Plague in India, 1896, 1897 - Volume 3
Year: 1896
Disease focus: Plague
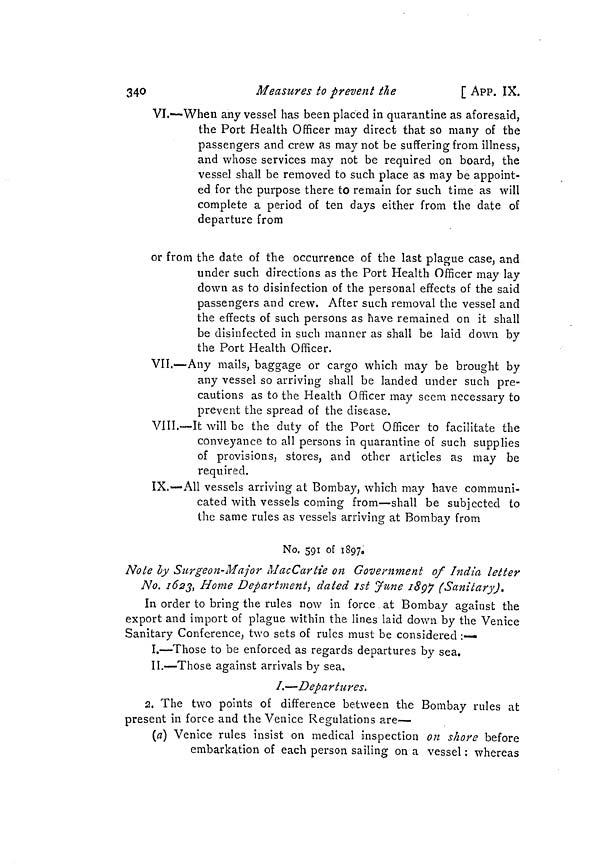
340
Measures to prevent the
[ APP. IX.
VI.—When any vessel has been placed in quarantine as aforesaid,
the Port Health Officer may direct that so many of the
passengers and crew as may not be suffering from illness,
and whose services may not be required on board, the
vessel shall be removed to such place as may be appoint-
ed for the purpose there to remain for such time as will
complete a period of ten days either from the date of
departure from
or from the date of the occurrence of the last plague case, and
under such directions as the Port Health Officer may lay
down as to disinfection of the personal effects of the said
passengers and crew. After such removal the vessel and
the effects of such persons as have remained on it shall
be disinfected in such manner as shall be laid down by
the Port Health Officer.
VII.—Any mails, baggage or cargo which may be brought by
any vessel so arriving shall be landed under such pre-
cautions as to the Health Officer may seem necessary to
prevent the spread of the disease.
VIII.—It will be the duty of the Port Officer to facilitate the
conveyance to all persons in quarantine of such supplies
of provisions, stores, and other articles as may be
required.
IX.—All vessels arriving at Bombay, which may have communi-
cated with vessels coming from—shall be subjected to
the same rules as vessels arriving at Bombay from
No. 591 of 1897
Note by Surgeon-Major MacCartie on Government of India letter
No. 1623, Home Department^ dated ist June 1897 (Sanitary).
In order to bring the rules now in force at Bombay against the
export and import of plague within the lines laid down by the Venice
Sanitary Conference, two sets of rules must be considered :—
I.—Those to be enforced as regards departures by sea.
II.—Those against arrivals by sea.
I.—Departures.
2. The two points of difference between the Bombay rules at
present in force and the Venice Regulations are—
(a) Venice rules insist on medical inspection on shore before
embarkation of each person sailing on a vessel : whereas